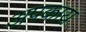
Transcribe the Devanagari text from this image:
अपकाय